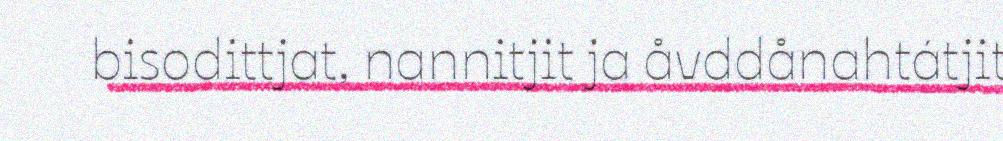
bisodittjat, nannitjit ja åvddånahtátjit